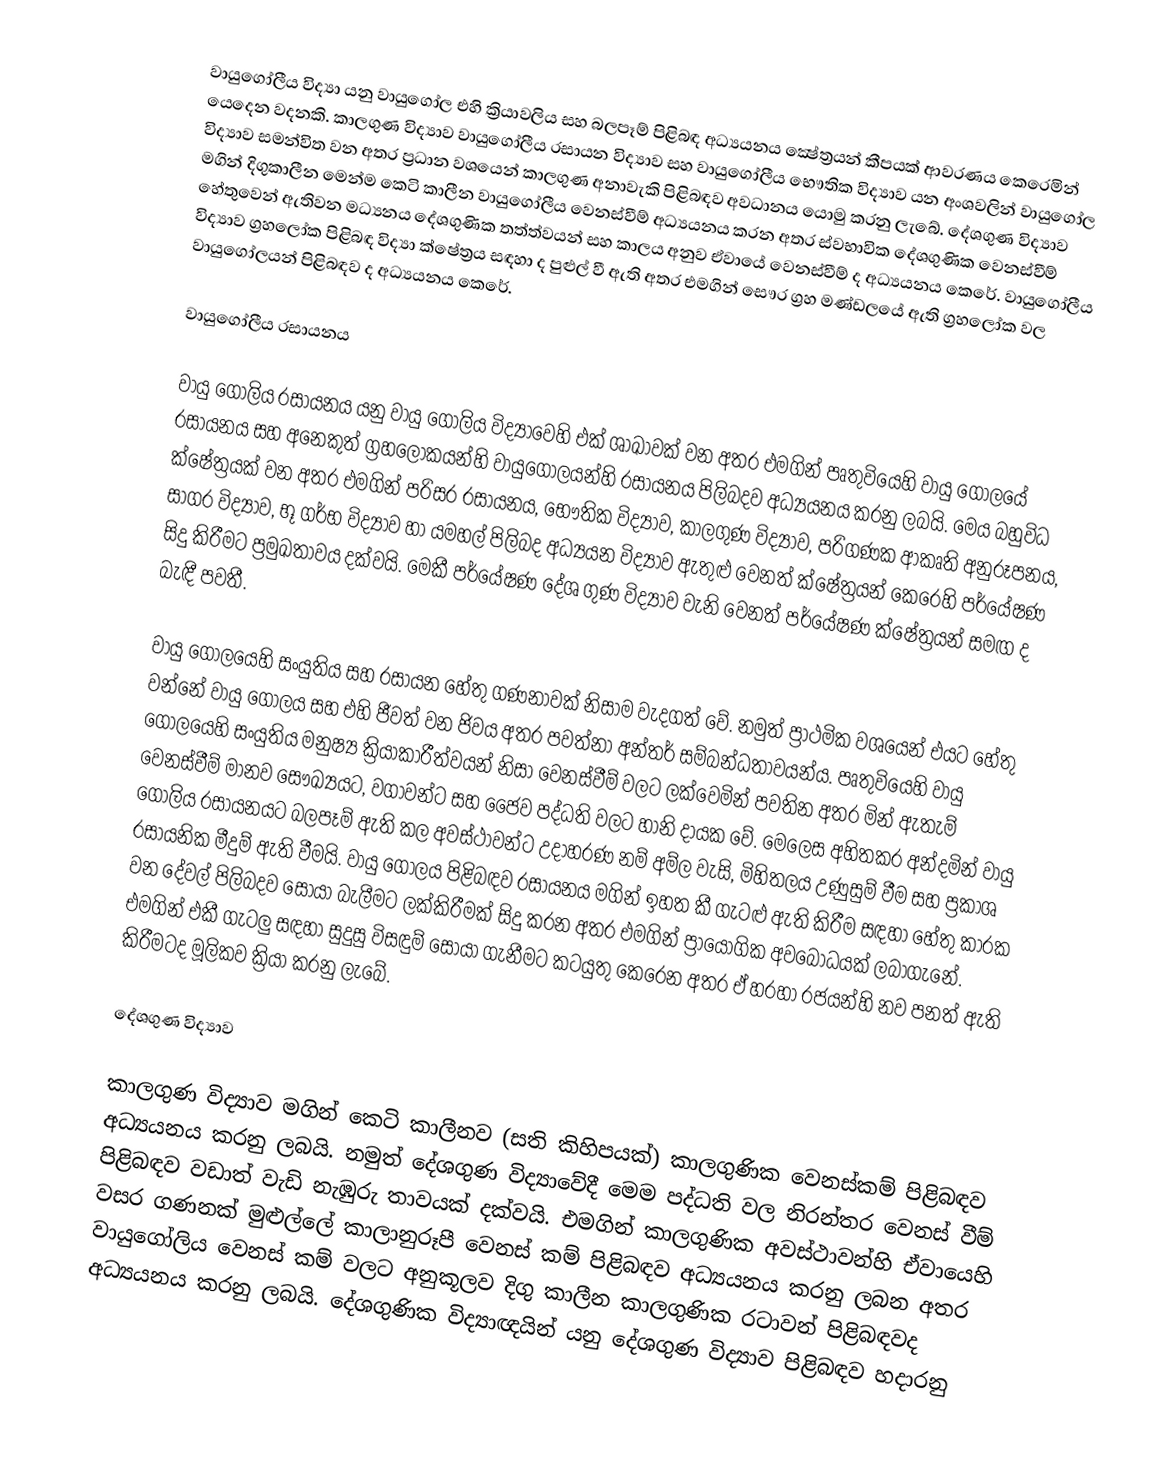
වායුගෝලීය විද්‍යා යනු වායුගෝල එහි ක්‍රියාවලිය සහ බලපෑම් පිළිබඳ අධ්‍යයනය ක්‍ෂේත්‍රයන් කීපයක් ආවරණය කෙරෙමින් යෙදෙන වදනකි.  කාලගුණ විද්‍යාව වායුගෝලීය රසායන විද්‍යාව සහ වායුගෝලීය භෞතික විද්‍යාව යන අංශවලින් වායුගෝල විද්‍යාව සමන්විත වන අතර ප්‍රධාන වශයෙන් කාලගුණ අනාවැකි පිළිබඳව අවධානය යොමු කරනු ලැබේ.  දේශගුණ විද්‍යාව මගින් දිගුකාලීන මෙන්ම කෙටි කාලීන වායුගෝලීය වෙනස්වීම් අධ්‍යයනය කරන අතර ස්වභාවික දේශගුණික වෙනස්වීම් හේතුවෙන් ඇතිවන මධ්‍යනය දේශගුණික තත්ත්වයන් සහ කාලය අනුව ඒවායේ වෙනස්වීම් ද අධ්‍යයනය කෙරේ.  ‍වායුගෝලීය විද්‍යාව ග්‍රහලෝක පිළිබඳ විද්‍යා ක්ෂේත්‍රය සඳහා ද පුළුල් වී ඇති අතර එමගින් සෞර ග්‍රහ මණ්ඩලයේ ඇති ග්‍රහලෝක වල වායුගෝලයන් පිළිබඳව ද අධ්‍යයනය කෙරේ.

වායුගෝලීය රසායනය

වායු ගෝලිය රසායනය යනු වායු ගෝලිය විද්‍යාවෙහි එක් ශාඛාවක් වන අතර එමගින් පෘතුවියෙහි වායු ගෝලයේ රසායනය සහ අනෙකුත් ග්‍රහලෝකයන්හි වායුගෝලයන්හි රසායනය පිලිබදව අධ්‍යයනය කරනු ලබයි. මෙය බහුවිධ ක්ෂේත්‍රයක් වන අතර එමගින් පරිසර රසායනය, භෞතික විද්‍යාව, කාලගුණ විද්‍යාව, පරිගණක ආකෘති අනුරූපනය, සාගර විද්‍යාව, භූ ගර්භ විද්‍යාව හා යමහල් පිලිබද අධ්‍යයන විද්‍යාව ඇතුළු වෙනත් ක්ෂේත්‍රයන් කෙරෙහි පර්යේෂණ සිදු කිරීමට ප්‍රමුඛතාවය දක්වයි. මෙකී පර්යේෂණ දේශ ගුණ විද්‍යාව වැනි  වෙනත් පර්යේෂණ ක්ෂේත්‍රයන් සමඟ ද බැඳී පවතී.

වායු ගෝලයෙහි සංයුතිය සහ රසායන හේතු ගණනාවක් නිසාම වැදගත් වේ. නමුත් ප්‍රාථමික වශයෙන් එයට හේතු වන්නේ වායු ගෝලය සහ එහි ජීවත් වන ජිවය අතර පවත්නා අන්තර් සම්බන්ධතාවයන්ය. පෘතුවියෙහි වායු ගෝලයෙහි සංයුතිය මනුෂ්‍ය ක්‍රියාකාරීත්වයන් නිසා වෙනස්වීම් වලට ලක්වෙමින් පවතින අතර මින් ඇතැම් වෙනස්වීම් මානව සෞඛ්‍යයට, වගාවන්ට සහ ජෛව පද්ධති වලට හානි දායක වේ. මෙලෙස අහිතකර අන්දමින් වායු ගෝලිය රසායනයට බලපෑම් ඇති කල අවස්ථාවන්ට උදාහරණ නම් අම්ල වැසි, මිහිතලය උණුසුම් වීම සහ ප්‍රකාශ රසායනික මීදුම් ඇති වීමයි. වායු ගෝලය පිළිබඳව රසායනය මගින් ඉහත කී ගැටළු ඇති කිරීම සඳහා හේතු කාරක වන දේවල් පිලිබදව සොයා බැලීමට ලක්කිරීමක් සිදු කරන අතර එමගින් ප්‍රායෝගික අවබෝධයක් ලබාගැනේ. එමගින් එකී ගැටලු සඳහා සුදුසු විසඳුම් සොයා ගැනීමට කටයුතු කෙරෙන අතර ඒ හරහා රජයන්හි නව පනත් ඇති කිරීමටද මූලිකව ක්‍රියා කරනු ලැබේ.

දේශගුණ විද්‍යාව

කාලගුණ විද්‍යාව මගින් කෙටි කාලීනව (සති කිහිපයක්) කාලගුණික වෙනස්කම් පිළිබඳව අධ්‍යයනය කරනු ලබයි. නමුත් දේශගුණ විද්‍යාවේදී මෙම පද්ධති වල නිරන්තර වෙනස් වීම් පිළිබඳව වඩාත් වැඩි නැඹුරු තාවයක් දක්වයි. එමගින් කාලගුණික අවස්ථාවන්හි ඒවායෙහි වසර ගණනක් මුළුල්ලේ කාලානුරූපී වෙනස් කම් පිළිබඳව අධ්‍යයනය කරනු ලබන අතර වායුගෝලිය වෙනස් කම් වලට අනුකූලව දිගු කාලීන කාලගුණික රටාවන් පිළිබඳවද අධ්‍යයනය කරනු ලබයි. දේශගුණික විද්‍යාඥයින් යනු දේශගුණ විද්‍යාව පිළිබඳව හදාරනු